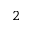
2